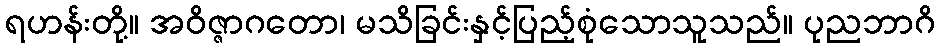
ရဟန်းတို့။ အဝိဇ္ဇာဂတော၊ မသိခြင်းနှင့်ပြည့်စုံသောသူသည်။ ပုညဘာဂိ